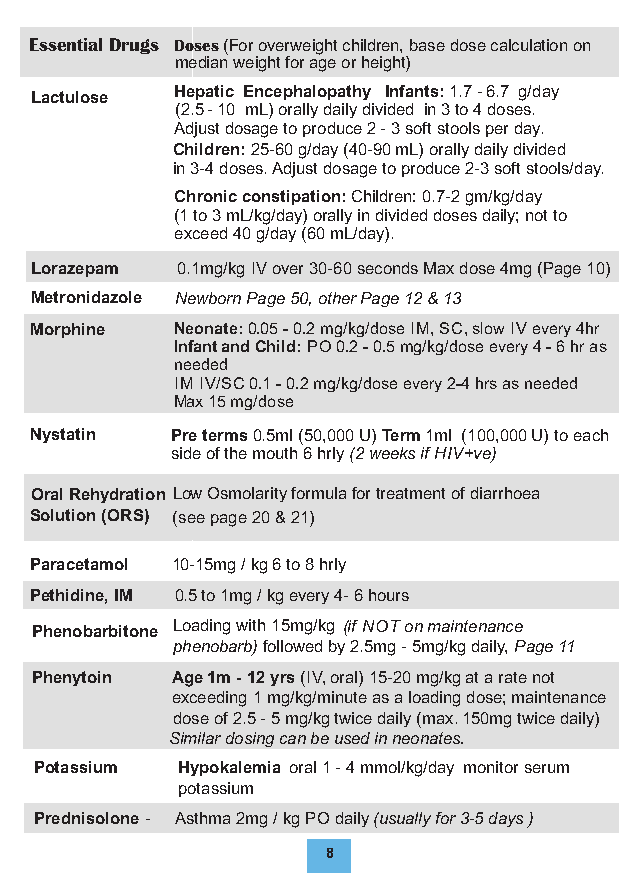
Essential Drugs Doses (For overweight children, base dose calculation on
 medianweight for age or height)
 Lactulose Hepatic Encephalopathy Infants:1.7-6.7 g/day
 (2.5-10 mL)orallydailydivided in3to4doses.
 Adjust dosage to produce 2 - 3 soft stools per day.
 Children: 25-60 g/day (40-90 mL) orally daily divided
 in 3-4 doses. Adjust dosage to produce 2-3 soft stools/day.
 Chronic constipation: Children: 0.7-2 gm/kg/day
 (1 to 3 mL/kg/day) orally in divided doses daily; not to
 exceed 40 g/day (60 mL/day).
 Lorazepam 0.1mg/kg IV over 30-60 seconds Max dose 4mg (Page 10)
 Metronidazole Newborn Page 50, other Page 12 & 13
 Morphine Neonate: 0.05 - 0.2 mg/kg/dose IM, SC, slow IV every 4hr
 Infant and Child: PO 0.2 - 0.5 mg/kg/dose every 4 - 6 hr as
 needed
 IM IV/SC 0.1 - 0.2 mg/kg/dose every 2-4 hrs as needed
 Max 15 mg/dose
 Nystatin Pre terms 0.5ml (50,000 U) Term 1ml (100,000 U) to each
 side of the mouth 6 hrly (2 weeks if HIV +ve)
 Oral Rehydration Low Osmolarity formula for treatment of diarrhoea
 Solution (ORS) (see page 20 & 21)
 Paracetamol 10-15mg / kg 6 to 8 hrly
 Pethidine, IM 0.5 to 1mg / kg every 4- 6 hours
 Phenobarbitone Loading with 15mg/kg (if NOT on maintenance
 phenobarb) followed by 2.5mg - 5mg/kg daily, Page 11
 Phenytoin Age 1m - 12 yrs (IV, oral) 15-20 mg/kg at a rate not
 exceeding 1 mg/kg/minute as a loading dose; maintenance
 dose of 2.5 - 5 mg/kg twice daily (max. 150mg tw ice daily)
 Similar dosing can be used in neonates.
 Potassium Hypokalemia oral 1 - 4 mmol/kg/day monitor serum
 potassium
 Prednisolone - Asthma 2mg / kg PO daily (usually for 3 - 5 days )
 8